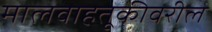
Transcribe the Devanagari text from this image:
मालवाहतूकीवरील